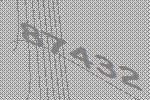
87432